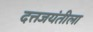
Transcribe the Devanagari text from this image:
दत्तजयंतीला